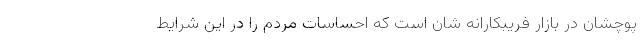
پوچشان در بازار فریبکارانه شان است که احساسات مردم را در این شرایط